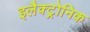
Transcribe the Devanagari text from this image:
इलैक्ट्रोनिक